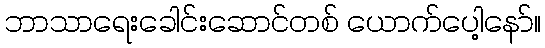
ဘာသာရေးခေါင်းဆောင်တစ် ယောက်ပေါ့နော်။